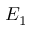
E _ { 1 }